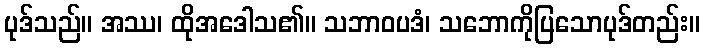
ပုဒ်သည်။ အဿ၊ ထိုအဒေါသ၏။ သဘာဝပဒံ၊ သဘောကိုပြသောပုဒ်တည်း။